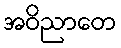
အဝိညာတေ